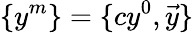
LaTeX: \{ y^{m}\} =\{ cy^{0},{\vec{y}}\}